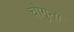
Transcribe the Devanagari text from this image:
चोगुना